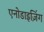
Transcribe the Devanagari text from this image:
एनोडाइज़िंग